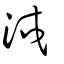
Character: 㳚